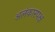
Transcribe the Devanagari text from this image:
अलंकारपक्ष